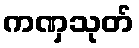
ကဏှသုတ်